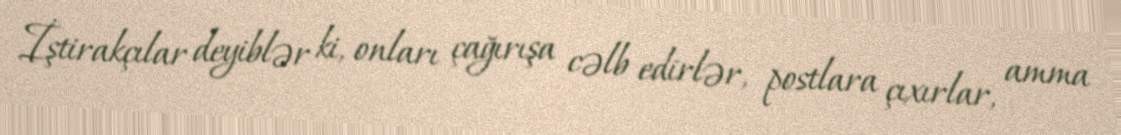
İştirakçılar deyiblər ki, onları çağırışa cəlb edirlər, postlara çıxırlar, amma